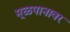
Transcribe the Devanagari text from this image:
मूळपानावर